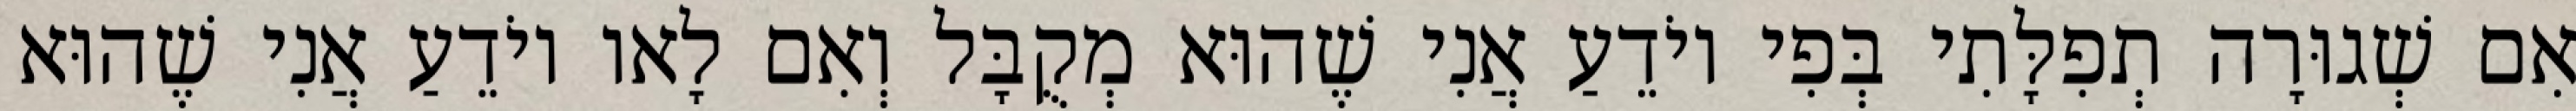
אִם שְׁגוּרָה תְפִלָּתִי בְּפִי יוֹדֵעַ אֲנִי שֶׁהוּא מְקֻבָּל וְאִם לָאו יוֹדֵעַ אֲנִי שֶׁהוּא